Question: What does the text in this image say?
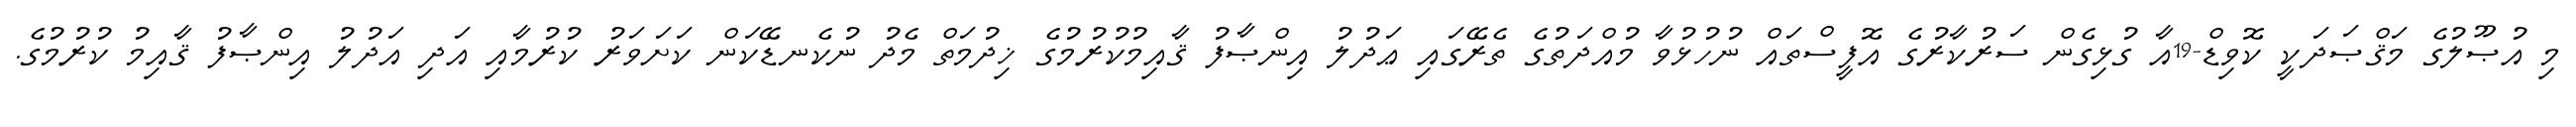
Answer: މި އުޞޫލުގެ މަޤްޞަދަކީ ކޮވިޑް-19އާ ގުޅިގެން ސަރުކާރުގެ އޮފީސްތައް ނުހުޅުވާ މުއްދަތުގެ ތެރޭގައި ޢަދުލު އިންޞާފު ޤާއިމުކުރުމުގެ ޚިދުމަތް މެދު ނުކެނޑޭކަން ކަށަވަރު ކުރުމާއި އަދި އަދުލު އިންޞާފު ޤާއިމު ކުރުމުގެ.